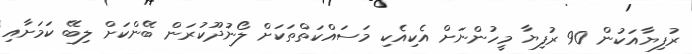
ރުފިޔާއަކުން 90 ރުފިޔާ މީހުންނަށް އެކިއެކި މަސައްކަތްތަކަށް ލޯނުދޫކުރަން ބޭންކަށް ލިބޭ ކަމަށާއި